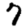
Digit: 7